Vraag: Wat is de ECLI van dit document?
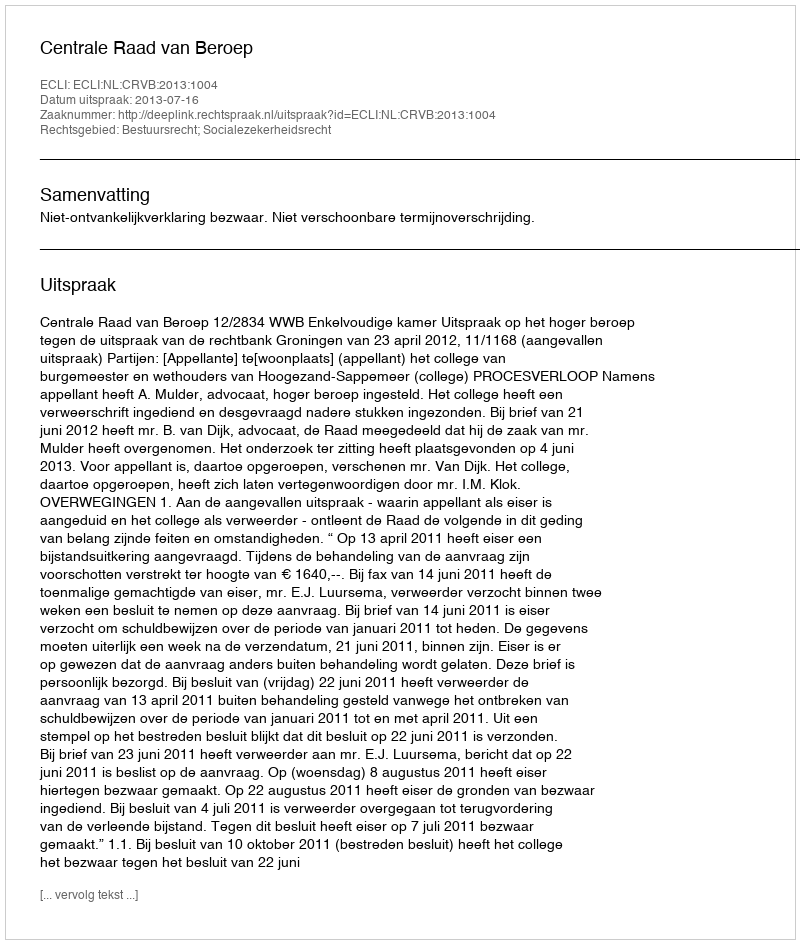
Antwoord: ECLI:NL:CRVB:2013:1004